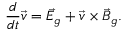
\frac { d } { d t } \vec { v } = \vec { E } _ { g } + \vec { v } \times \vec { B } _ { g } .